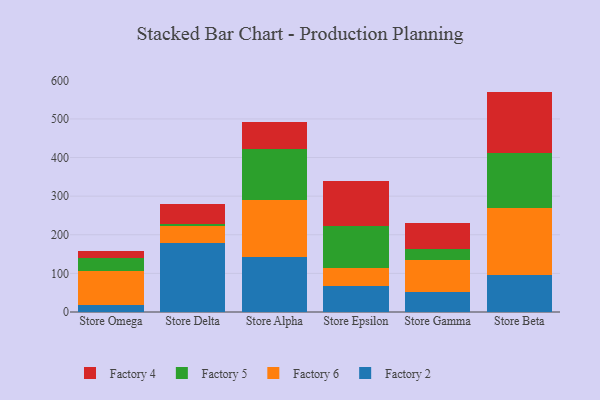
{"axis": {"x": "Store", "y": "Demand Index"}, "legend": ["Factory 2", "Factory 4", "Factory 5", "Factory 6"], "data": [{"x": "Store Omega", "y": 19.2, "type": "Factory 2"}, {"x": "Store Omega", "y": 87.6, "type": "Factory 6"}, {"x": "Store Omega", "y": 34.3, "type": "Factory 5"}, {"x": "Store Omega", "y": 16.5, "type": "Factory 4"}, {"x": "Store Delta", "y": 178.8, "type": "Factory 2"}, {"x": "Store Delta", "y": 44.3, "type": "Factory 6"}, {"x": "Store Delta", "y": 6.0, "type": "Factory 5"}, {"x": "Store Delta", "y": 49.7, "type": "Factory 4"}, {"x": "Store Alpha", "y": 141.2, "type": "Factory 2"}, {"x": "Store Alpha", "y": 148.6, "type": "Factory 6"}, {"x": "Store Alpha", "y": 133.3, "type": "Factory 5"}, {"x": "Store Alpha", "y": 70.0, "type": "Factory 4"}, {"x": "Store Epsilon", "y": 66.5, "type": "Factory 2"}, {"x": "Store Epsilon", "y": 46.6, "type": "Factory 6"}, {"x": "Store Epsilon", "y": 110.3, "type": "Factory 5"}, {"x": "Store Epsilon", "y": 115.4, "type": "Factory 4"}, {"x": "Store Gamma", "y": 52.5, "type": "Factory 2"}, {"x": "Store Gamma", "y": 82.2, "type": "Factory 6"}, {"x": "Store Gamma", "y": 27.3, "type": "Factory 5"}, {"x": "Store Gamma", "y": 69.7, "type": "Factory 4"}, {"x": "Store Beta", "y": 96.8, "type": "Factory 2"}, {"x": "Store Beta", "y": 173.3, "type": "Factory 6"}, {"x": "Store Beta", "y": 142.1, "type": "Factory 5"}, {"x": "Store Beta", "y": 158.6, "type": "Factory 4"}]}